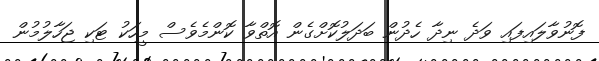
ފޮނުވާލައިފައި ވަދެ ނިދާ ހެދުން ބަދަލުކޮށްގެން އޮތްވާ ކޮންމެވެސް މީހަކު ޓަކި ޖަހާލުމުން